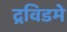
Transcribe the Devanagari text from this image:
द्रविडमे